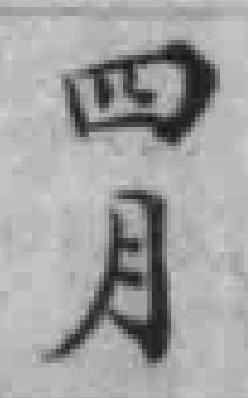
四月